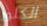
الكلور